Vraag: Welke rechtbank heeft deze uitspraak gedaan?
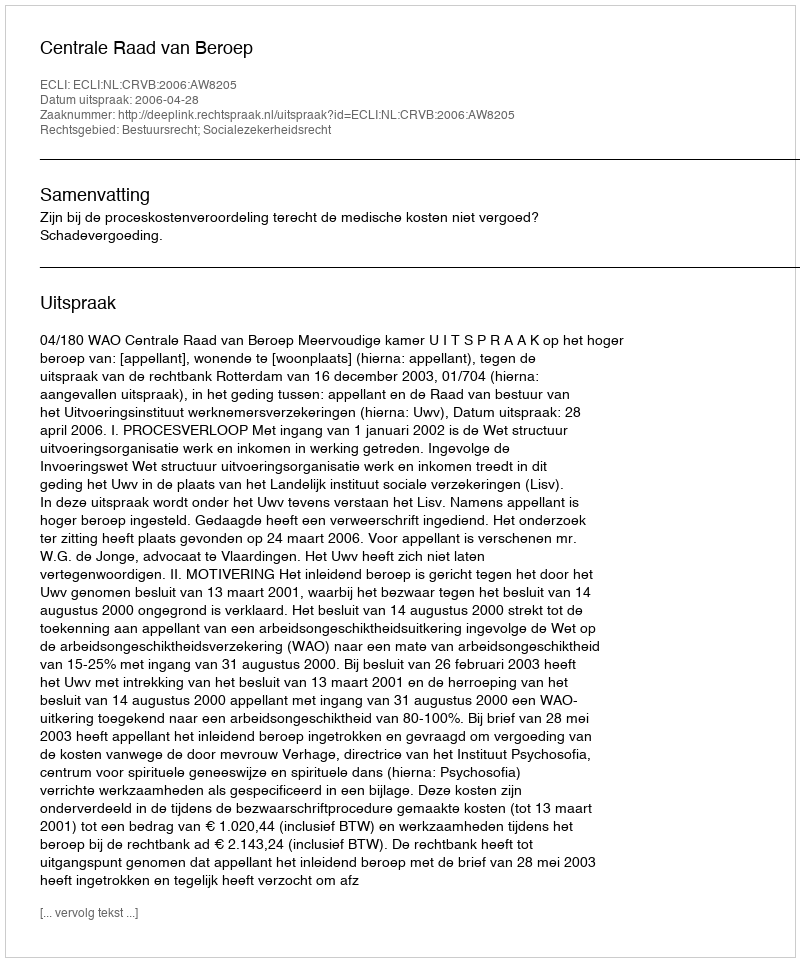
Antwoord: Centrale Raad van Beroep